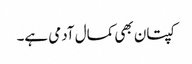
کپتان بھی کمال آدمی ہے۔